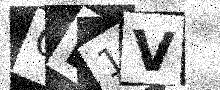
Text: OD1V